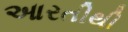
આરતીથી